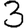
Digit: 3